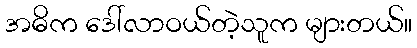
အဓိက ဒေါ်လာဝယ်တဲ့သူက များတယ်။